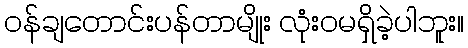
ဝန်ချတောင်းပန်တာမျိုး လုံးဝမရှိခဲ့ပါဘူး။